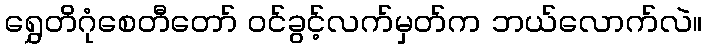
ရွှေတိဂုံစေတီတော် ဝင်ခွင့်လက်မှတ်က ဘယ်လောက်လဲ။